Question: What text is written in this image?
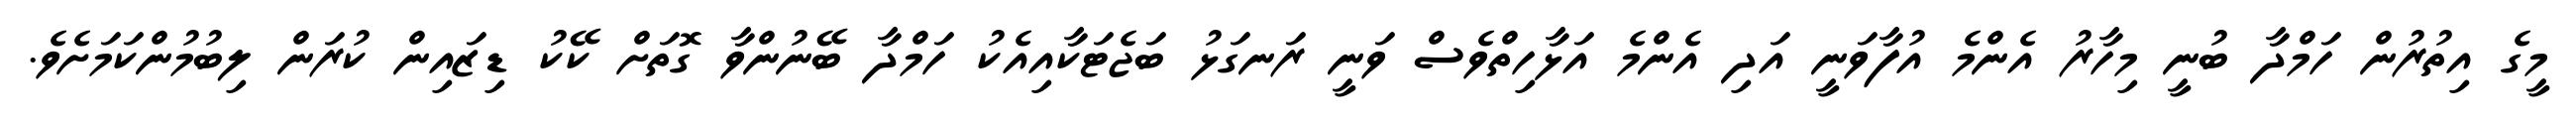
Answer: މީގެ އިތުރުން ހަމްދާ ބުނީ މިހާރު އެންމެ އުފާވަނީ އަދި އެންމެ އަޅާހިތްވެސް ވަނީ ރަނގަޅު ބަޖެޓަކާއިއެކު ހަމްދާ ބޭނުންވާ ގޮތަށް ކޭކު ޑިޒައިން ކުރަން ލިބުމުންކަމަށެވެ.